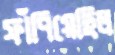
ফাঁপিয়েছিল